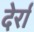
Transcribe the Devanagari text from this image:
देर्रा